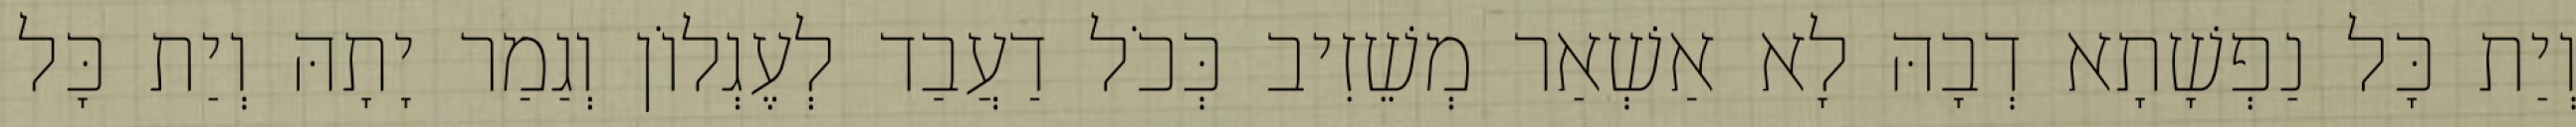
וְיַת כָּל נַפְשָׁתָא דְבָהּ לָא אַשְׁאַר מְשֵׁזִיב כְּכֹל דַעֲבַד לְעֶגְלוֹן וְגַמַר יָתָהּ וְיַת כָּל